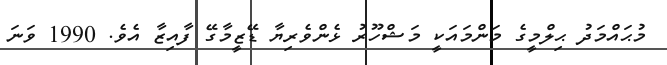
މުޙައްމަދު ޙިލްމީގެ މަންމައަކީ މަޝްހޫރު ޅެންވެރިޔާ ޑޭޒީމާގޭ ފާއިޒާ އެވެ. 1990 ވަނަ